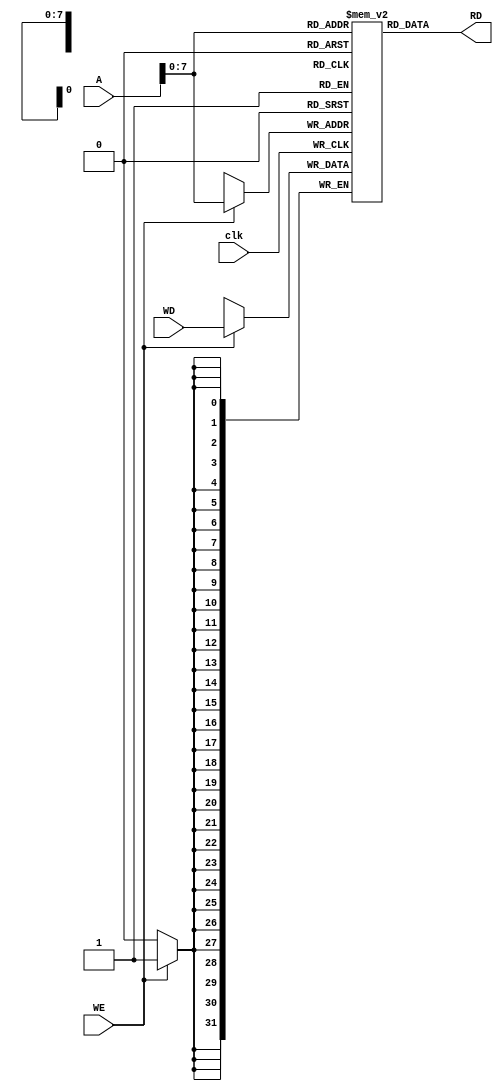
//Single port RAM used to store data only (accessed word by word)
///////////////////////////////////////////////////////////////////
module data_mem (
    clk, WE, WD, A, RD
);
    input clk, WE;
    input [31:0] WD;
    input [31:0] A;
    output wire [31:0] RD;
    //////////////////////////////////////////////////
    reg [31:0] data_mem [255:0];
    //////////////////////////////////////////////////
    always @(posedge clk) begin
        if (WE == 1'b1)
            data_mem[A[7:0]] <= WD;
    end
    assign RD = data_mem[A[7:0]];
endmodule